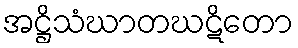
အဋ္ဌိသံဃာတဃဋိတော